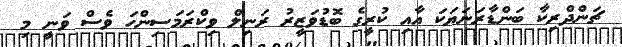
ޗަންދްރިކާ ބަންޑާރަނަޔަކަ އާއި ކުރީގެ ބޮޑުވަޒީރު ރަނިލް ވިކްރަމަސިންހަ ވެސް ވަނީ މި